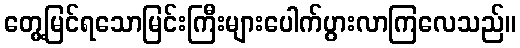
တွေ့မြင်ရသောမြင်းကြီးများပေါက်ပွားလာကြလေသည်။